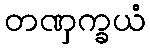
တဏှက္ခယံ